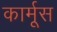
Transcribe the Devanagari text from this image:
कार्मूस